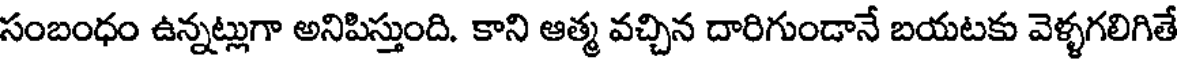
సంబంధం ఉన్నట్లుగా అనిపిస్తుంది. కాని ఆత్మ వచ్చిన దారిగుండానే బయటకు వెళ్ళగలిగితే